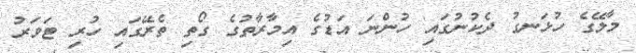
މާލޭގެ ހުޅަނގު ދެކުނުގައި ހުންނަ އަޑުގެ އިމާރާތުގެ ގޯތި ތެރޭގައި ހުރި ޓަވަރު